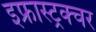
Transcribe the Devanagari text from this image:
इफ्रास्ट्रक्चर